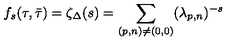
f _ { s } ( \tau , \bar { \tau } ) = \zeta _ { \Delta } ( s ) = \sum _ { ( p , n ) \ne ( 0 , 0 ) } ( \lambda _ { p , n } ) ^ { - s }